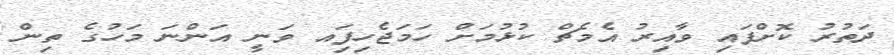
ދަތުރު ކޮށްފައި ވާއިރު އެމެޗް ކުޅުމަށް ހަމަޖެހިފަިއ ވަނީ އަންނަ މަހުގެ ތިން